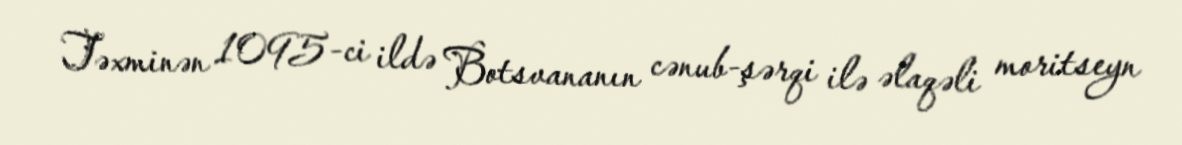
Təxminən 1095-ci ildə Botsvananın cənub-şərqi ilə əlaqəli moritseyn